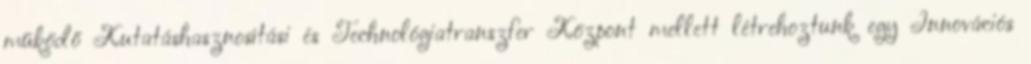
működő Kutatáshasznosítási és Technológiatranszfer Központ mellett létrehoztunk egy Innovációs